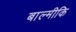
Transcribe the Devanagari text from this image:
बाल्‍मीकि